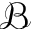
\mathcal { B }